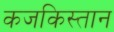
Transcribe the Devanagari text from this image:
कजकिस्तान